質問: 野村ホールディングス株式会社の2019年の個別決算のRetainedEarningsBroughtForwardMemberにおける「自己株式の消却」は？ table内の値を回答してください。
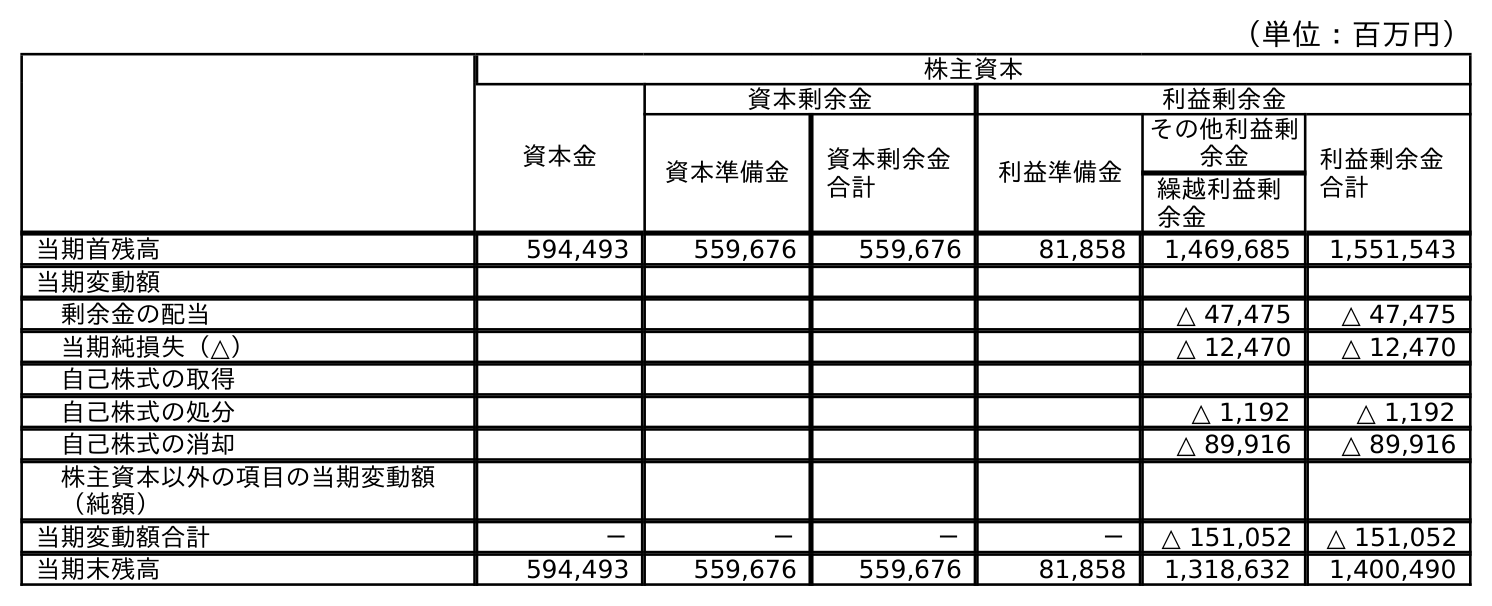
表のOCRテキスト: （単位：百万円） 株主資本 資本金 資本剰余金 利益剰余金 資本準備金 資本剰余金 合計 利益準備金 その他利益剰 余金 利益剰余金 合計 繰越利益剰 余金 当期首残高 594,493 559,676 559,676 81,858 1,469,685 1,551,543 当期変動額 剰余金の配当 △ 47,475 △ 47,475 当期純損失（△） △ 12,470 △ 12,470 自己株式の取得 自己株式の処分 △ 1,192 △ 1,192 自己株式の消却 △ 89,916 △ 89,916 株主資本以外の項目の当期変動額 （純額） 当期変動額合計 － － － － △ 151,052 △ 151,052 当期末残高 594,493 559,676 559,676 81,858 1,318,632 1,400,490
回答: △89,916